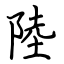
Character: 陸